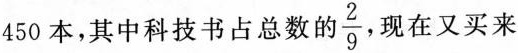
450本，其中科技书占总数的\frac{2}{9}现在又买来